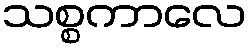
သစ္စကာလေ